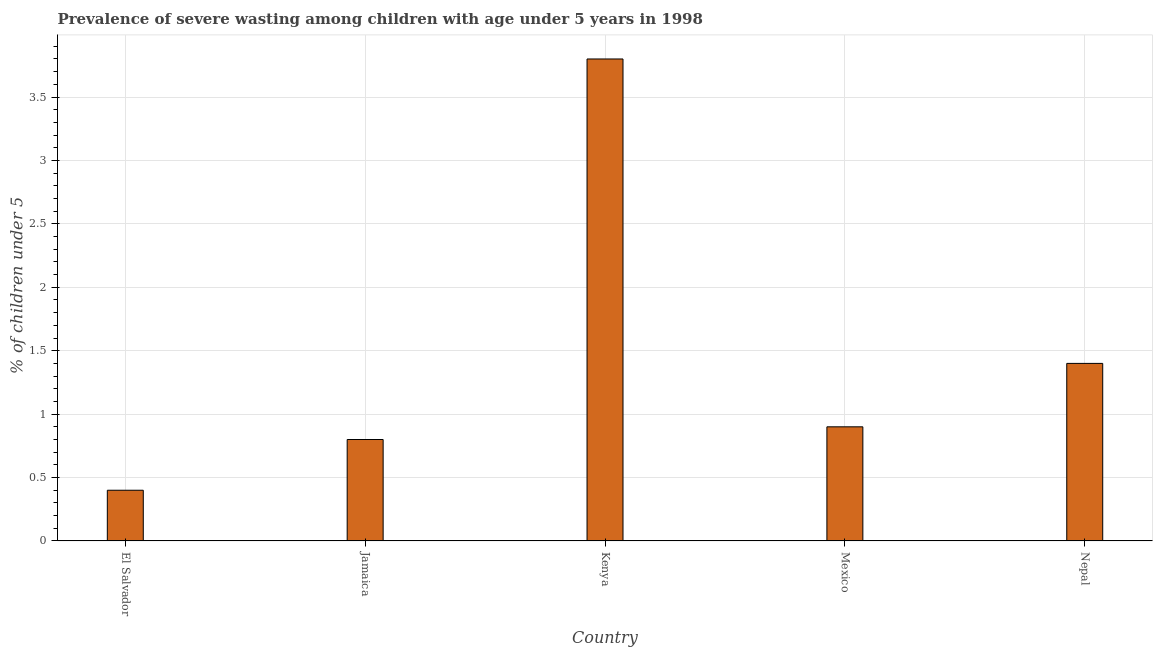
| Country | Prevalence of severe wasting |
 | --- | --- |
 | El Salvador | 0.4 |
 | Jamaica | 0.8 |
 | Kenya | 3.8 |
 | Mexico | 0.9 |
 | Nepal | 1.4 |